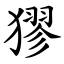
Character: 㺒